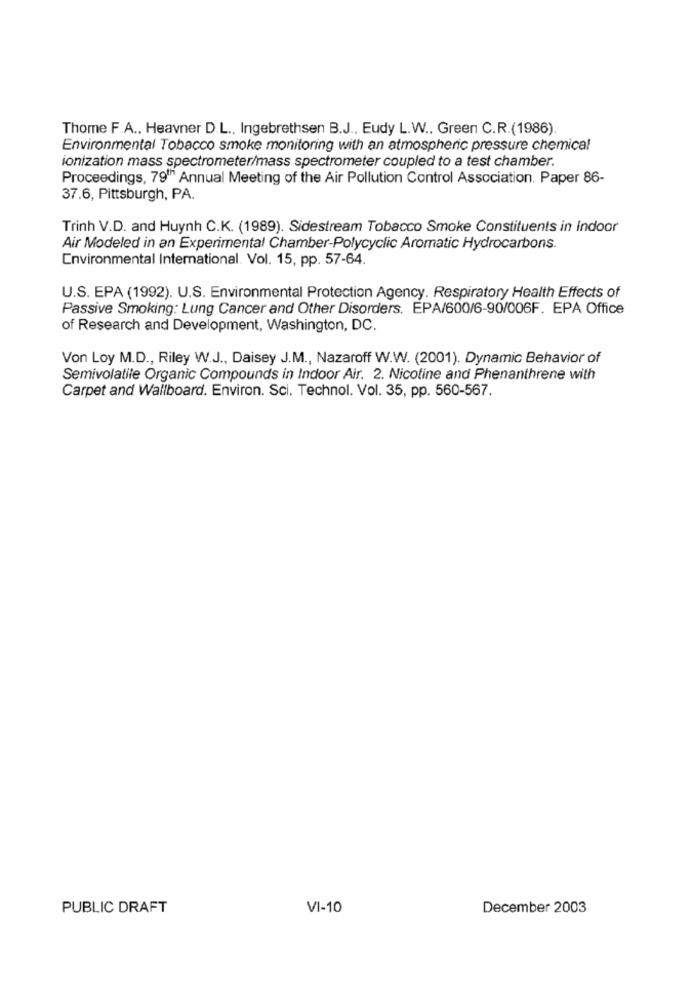
Thome F.A ., Heavner D.L ., Ingebrethsen B.J ., Eudy L.W .. Green C.R.(1986).
Environmental Tobacco smoke monitoring with an atmospheric pressure chemical
ionization mass spectrometer/mass spectrometer coupled to a test chamber.
Proceedings, 79'" Annual Meeting of the Air Pollution Control Association. Paper 86-
37.6, Pittsburgh, PA.
Trinh V.D. and Huynh C.K. (1989). Sidestream Tobacco Smoke Constituents in Indoor
Air Modeled in an Experimental Chamber-Polycyclic Aromatic Hydrocarbons.
Environmental International. Vol. 15, pp. 57-64.
U.S. EPA (1992). U.S. Environmental Protection Agency. Respiratory Health Effects of
Passive Smoking: Lung Cancer and Other Disorders. EPA/600/6-90/006F. EPA Office
of Research and Development, Washington, DC.
Von Loy M.D ., Riley W.J ., Daisey J.M ., Nazaroff W.W. (2001). Dynamic Behavior of
Semivolatile Organic Compounds in Indoor Air. 2. Nicotine and Phenanthrene with
Carpet and Wallboard. Environ. Sci. Technol. Vol. 35, pp. 560-567.
PUBLIC DRAFT
VI-10
December 2003